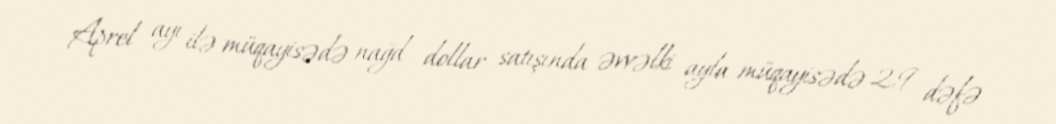
Aprel ayı ilə müqayisədə nağd dollar satışında əvvəlki ayla müqayisədə 2,9 dəfə